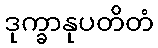
ဒုက္ခာနုပတိတံ